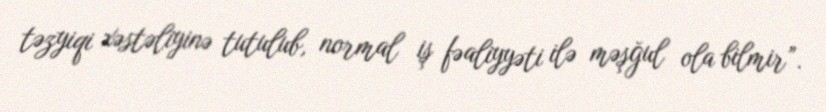
təzyiqi xəstəliyinə tutulub, normal iş fəaliyyəti ilə məşğul ola bilmir”.